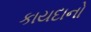
કાયદાનો